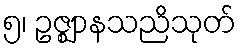
၅၊ ဥဇ္ဈာနသညိသုတ်